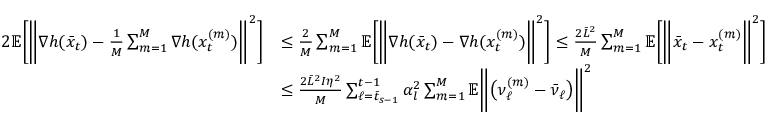
\begin{array} { r l } { 2 \mathbb { E } \bigg [ \bigg \| \nabla h ( \bar { x } _ { t } ) - \frac { 1 } { M } \sum _ { m = 1 } ^ { M } \nabla h ( x _ { t } ^ { ( m ) } ) \bigg \| ^ { 2 } \bigg ] } & { \leq \frac { 2 } { M } \sum _ { m = 1 } ^ { M } \mathbb { E } \bigg [ \bigg \| \nabla h ( \bar { x } _ { t } ) - \nabla h ( x _ { t } ^ { ( m ) } ) \bigg \| ^ { 2 } \bigg ] \leq \frac { 2 \bar { L } ^ { 2 } } { M } \sum _ { m = 1 } ^ { M } \mathbb { E } \bigg [ \bigg \| \bar { x } _ { t } - x _ { t } ^ { ( m ) } \bigg \| ^ { 2 } \bigg ] } \\ & { \leq \frac { 2 \bar { L } ^ { 2 } I \eta ^ { 2 } } { M } \sum _ { \ell = \bar { t } _ { s - 1 } } ^ { t - 1 } \alpha _ { l } ^ { 2 } \sum _ { m = 1 } ^ { M } \mathbb { E } \bigg \| \big ( \nu _ { \ell } ^ { ( m ) } - \bar { \nu } _ { \ell } \big ) \bigg \| ^ { 2 } } \end{array}